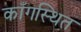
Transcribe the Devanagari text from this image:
काँगस्थित